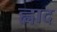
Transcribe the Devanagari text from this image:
ह्लाद